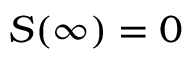
S ( \infty ) = 0